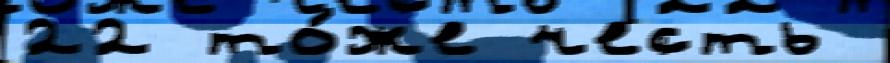
22 то́же честь